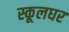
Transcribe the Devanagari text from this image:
स्कूलघर